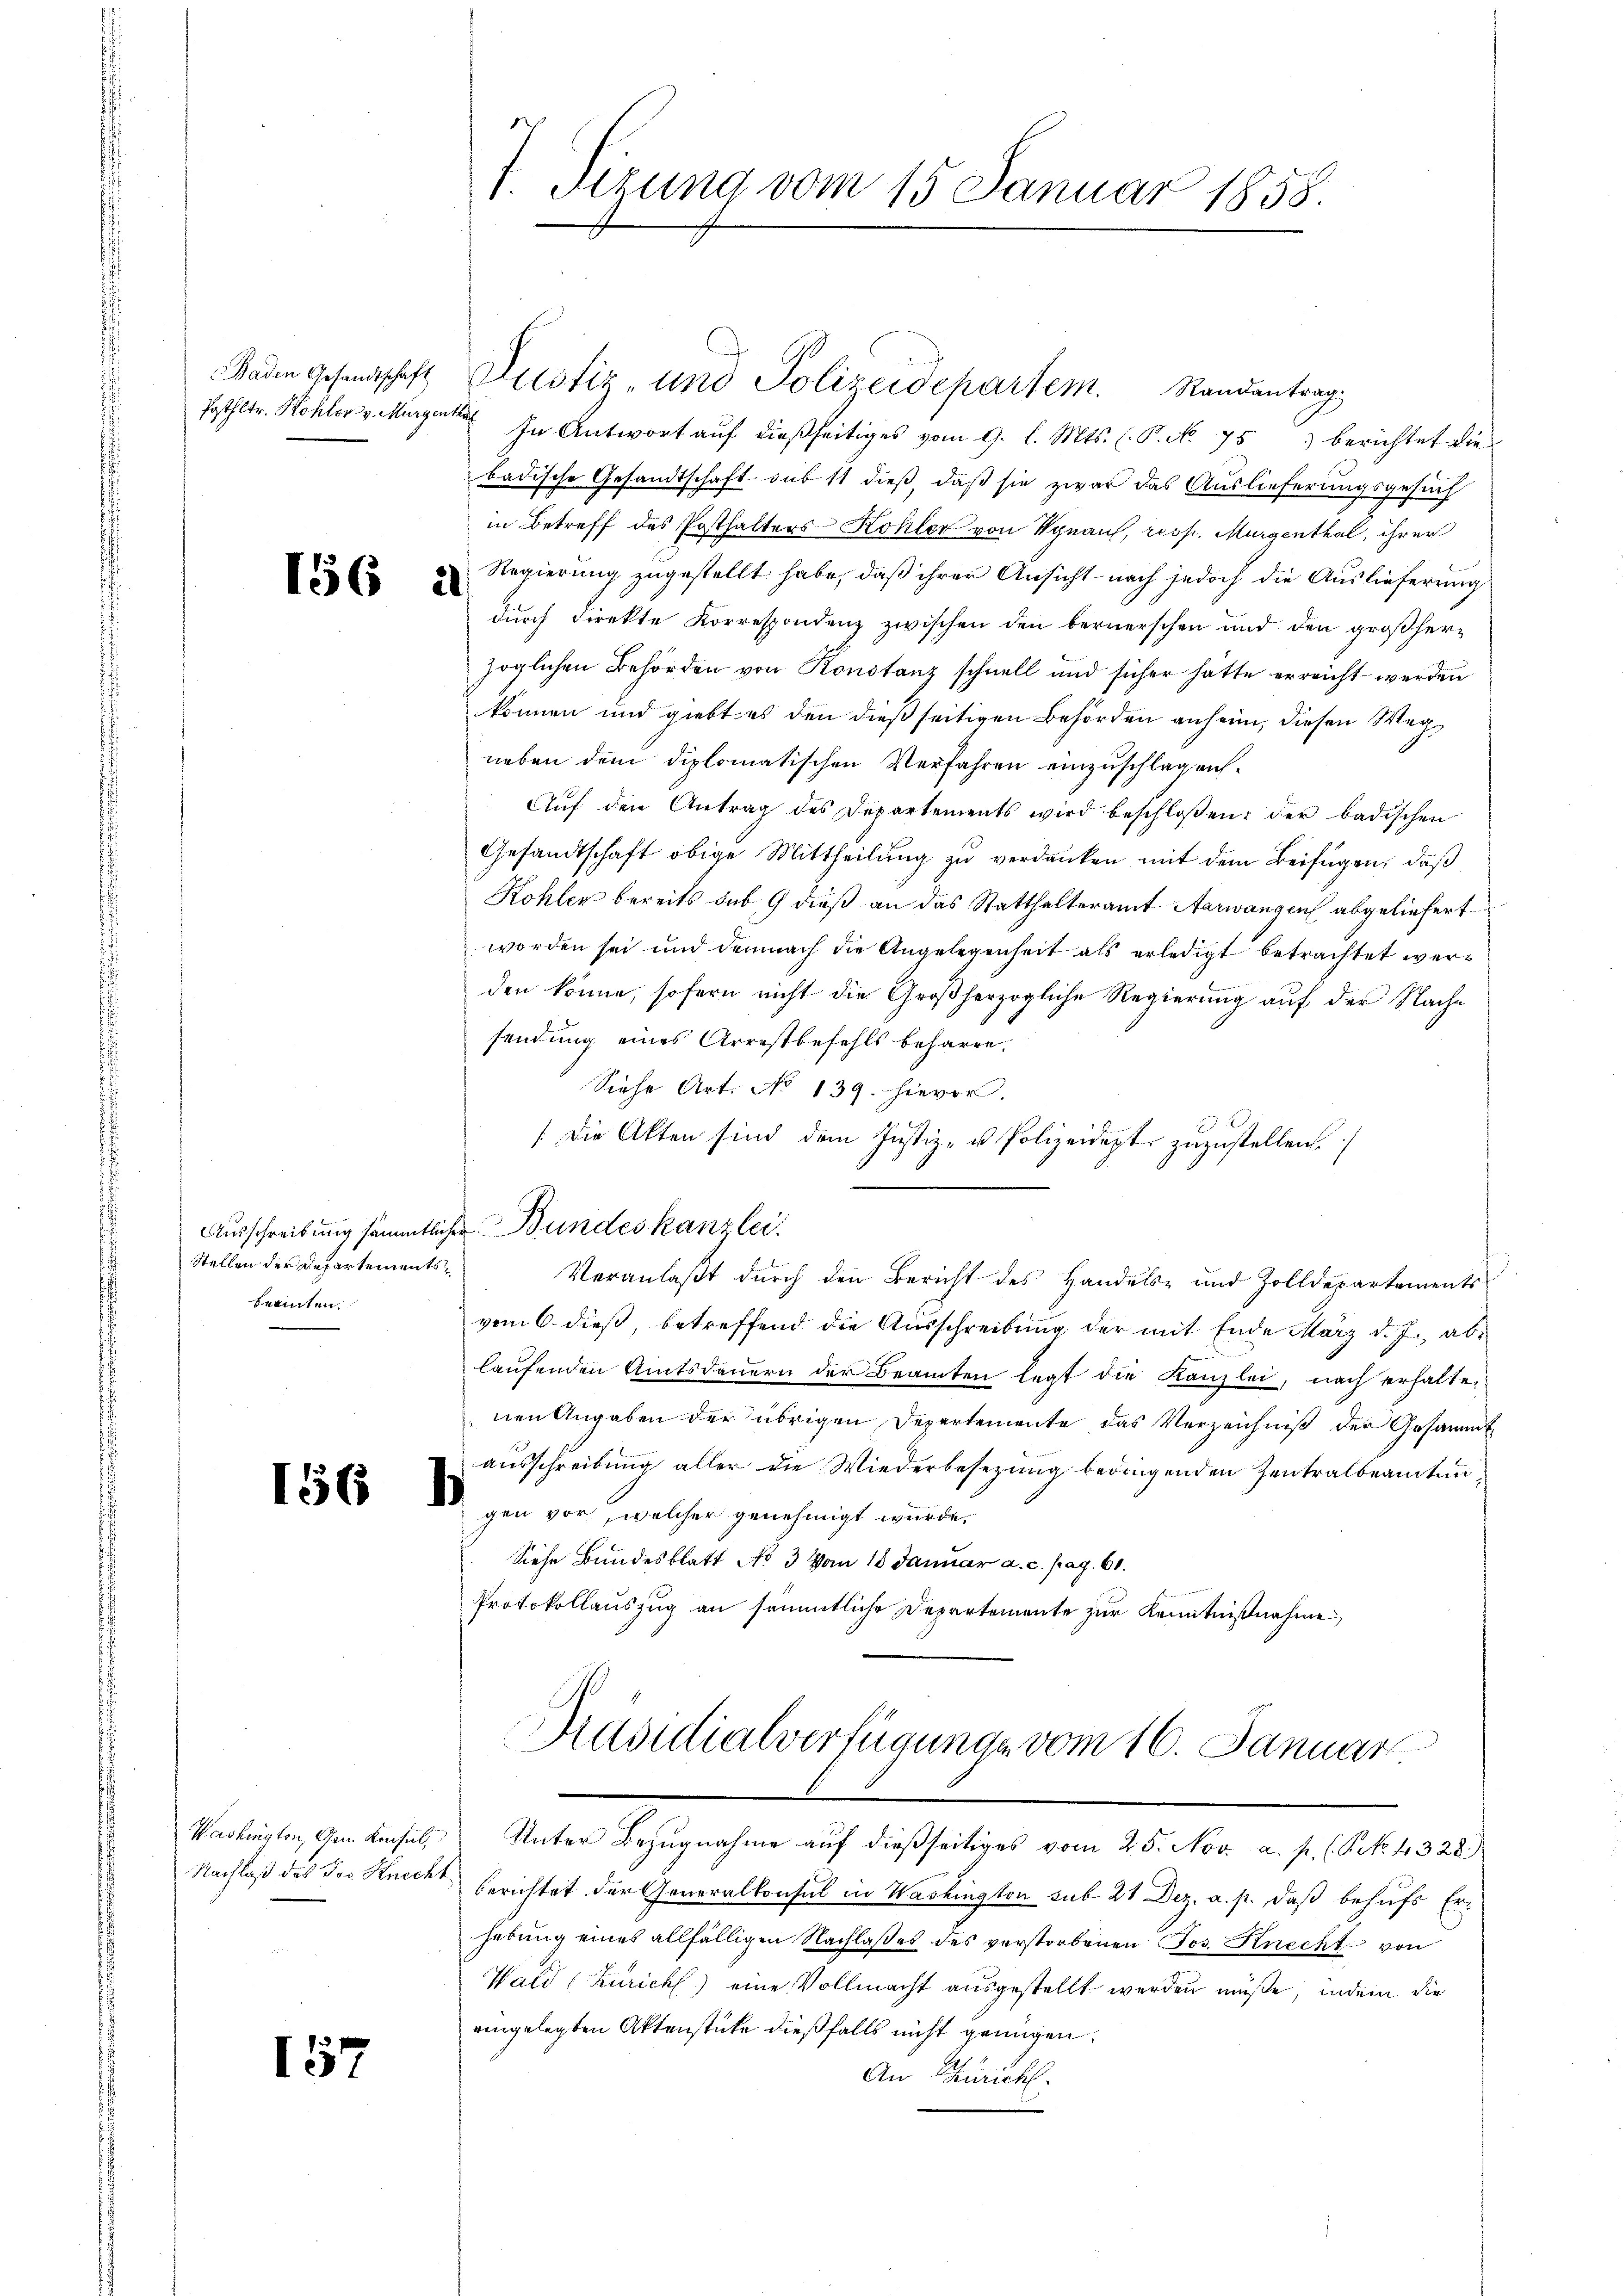
156 a

Stellen der Departementsheinten.

156 h

Washington, Gem. Konsul,

157

Baden Gesandschaft Zustiz- und Polizeidepartem Randantrag
Posthltr. Hohler v. Murgerte. In Antwort auf dießseitiges vom 9. l. Mts. (P. No. 75 berichtet die
badische Gesandtschaft sub 11 dieß, daß sie zwar das Auslieferungsgesuch
in Betreff des Posthalters Kohler von Synauf, resp. Murgenthal, ihrer
Regierung zugestellt habe, daß ihrer Ansicht nach jedoch die Auslieferung
durch direkte Korrespondenz zwischen den bernerschen und den großherzöglichen Behörden von Konstanz schnell und sicher hätte erreicht werden
können und giebt es den dießseitigen Behörden anheim, diesen Wegneben dem diplomatischen Verfahren einzuschlagen.
Aŭf den Antrag des Departements wird beschloßen: der badischen
Gesandtschaft obige Mittheilung zu verdanken mit dem Beifügen, daß
Kohler bereits sub 9 dieß an das Statthalteramt Aarwangen abgeliefert
worden sei und demnach die Angelegenheit als erledigt betrachtet werden könne, sofern nicht die Großherzogliche Regierung auf der Nachsendung eines Arrestbefehls beharre.
Siehe Art. No 139. hievor.
Die Akten sind dem Justiz- u. Polizeidigt zuzustellen.
Ausschreibung sämmtlichen Bundeskanzlei.
Veranlaβt dŭrch den Bericht des Handels- und Zolldepartements
vom 6. dieß, betreffend die Ausschreibung der mit Ende März d. J. ablaufenden Amtsdauern der Beamten legt die Kanzlei, nach erhalte-
nen Angaben der übrigen Depertemente, das Verzeichniß der Gesammtausschreibung aller die Wiederbesezung bedingenden Zentralbeamtungen vor, welcher genehmigt wurde.
Siehe Bundesblatt No 3 Vom 18 Januar a. c. pag. 61.
Protokollauszug an sämmtliche Departemente zur Kenntnißnahme,
Präsidialverfügunge vom 16. Januar

1. Tizung vom 15. Januar 1858.

Unter Bezugnahme auf dießseitiges vom 25. Nov. a. p. (S. 4328)

Nachlaß des Jos. Knecht berichtet der Generalkonsul in Washington sub 21 Dez. a. p. daß behufs Erhebung eines allfälligen Nachlaßes des verstorbenen Jos. Knecht von
Wald (Züricht) eine Vollmacht ausgestellt werden müße, indem die
eingelegten Aktenstücke dießfalls nicht genügen.
An Zürich